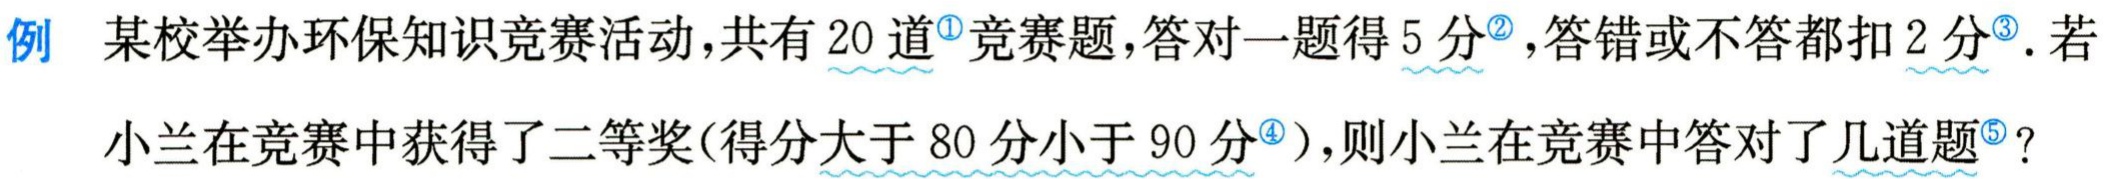
例 某校举办环保知识竞赛活动，共有 \(20\) 道\(^{\circled{1}}\)竞赛题，答对一题得 \(5\) 分\(^{\circled{2}}\)，答错或不答都扣 \(2\) 分\(^{\circled{3}}\). 若小兰在竞赛中获得了二等奖(得分大于 \(80\) 分小于 \(90\) 分\(^{\circled{4}}\))，则小兰在竞赛中答对了几道题\(^{\circled{5}}\)？